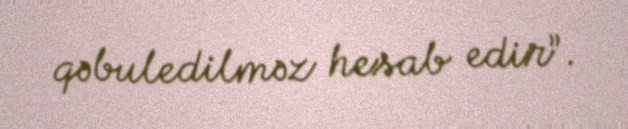
qəbuledilməz hesab edir”.